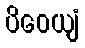
ပိဝေယျံ